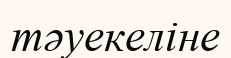
тәуекеліне